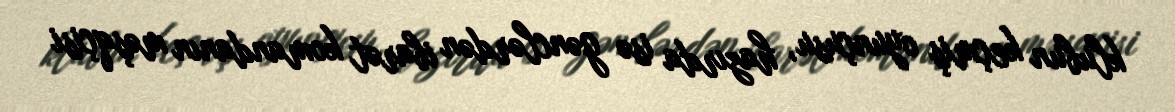
klubun keçmiş oyunçusu, hazırda isə gənclərdən ibarət komandanın məşqçisi